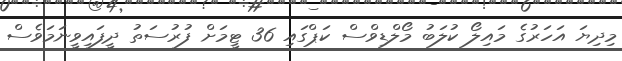
މިދިޔަ އަހަރުގެ މައިލޯ ކުލަބު މޯލްޑިވްސް ކަޕްގައި 36 ޓީމަށް ފުރުސަތު ދީފައިވީނަމަވެސް